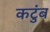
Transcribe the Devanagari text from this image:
कटुंब